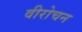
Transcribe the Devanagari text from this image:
वीरोचन